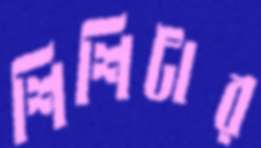
শিশিটার